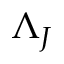
\Lambda _ { J }